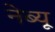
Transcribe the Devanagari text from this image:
नेब्यू